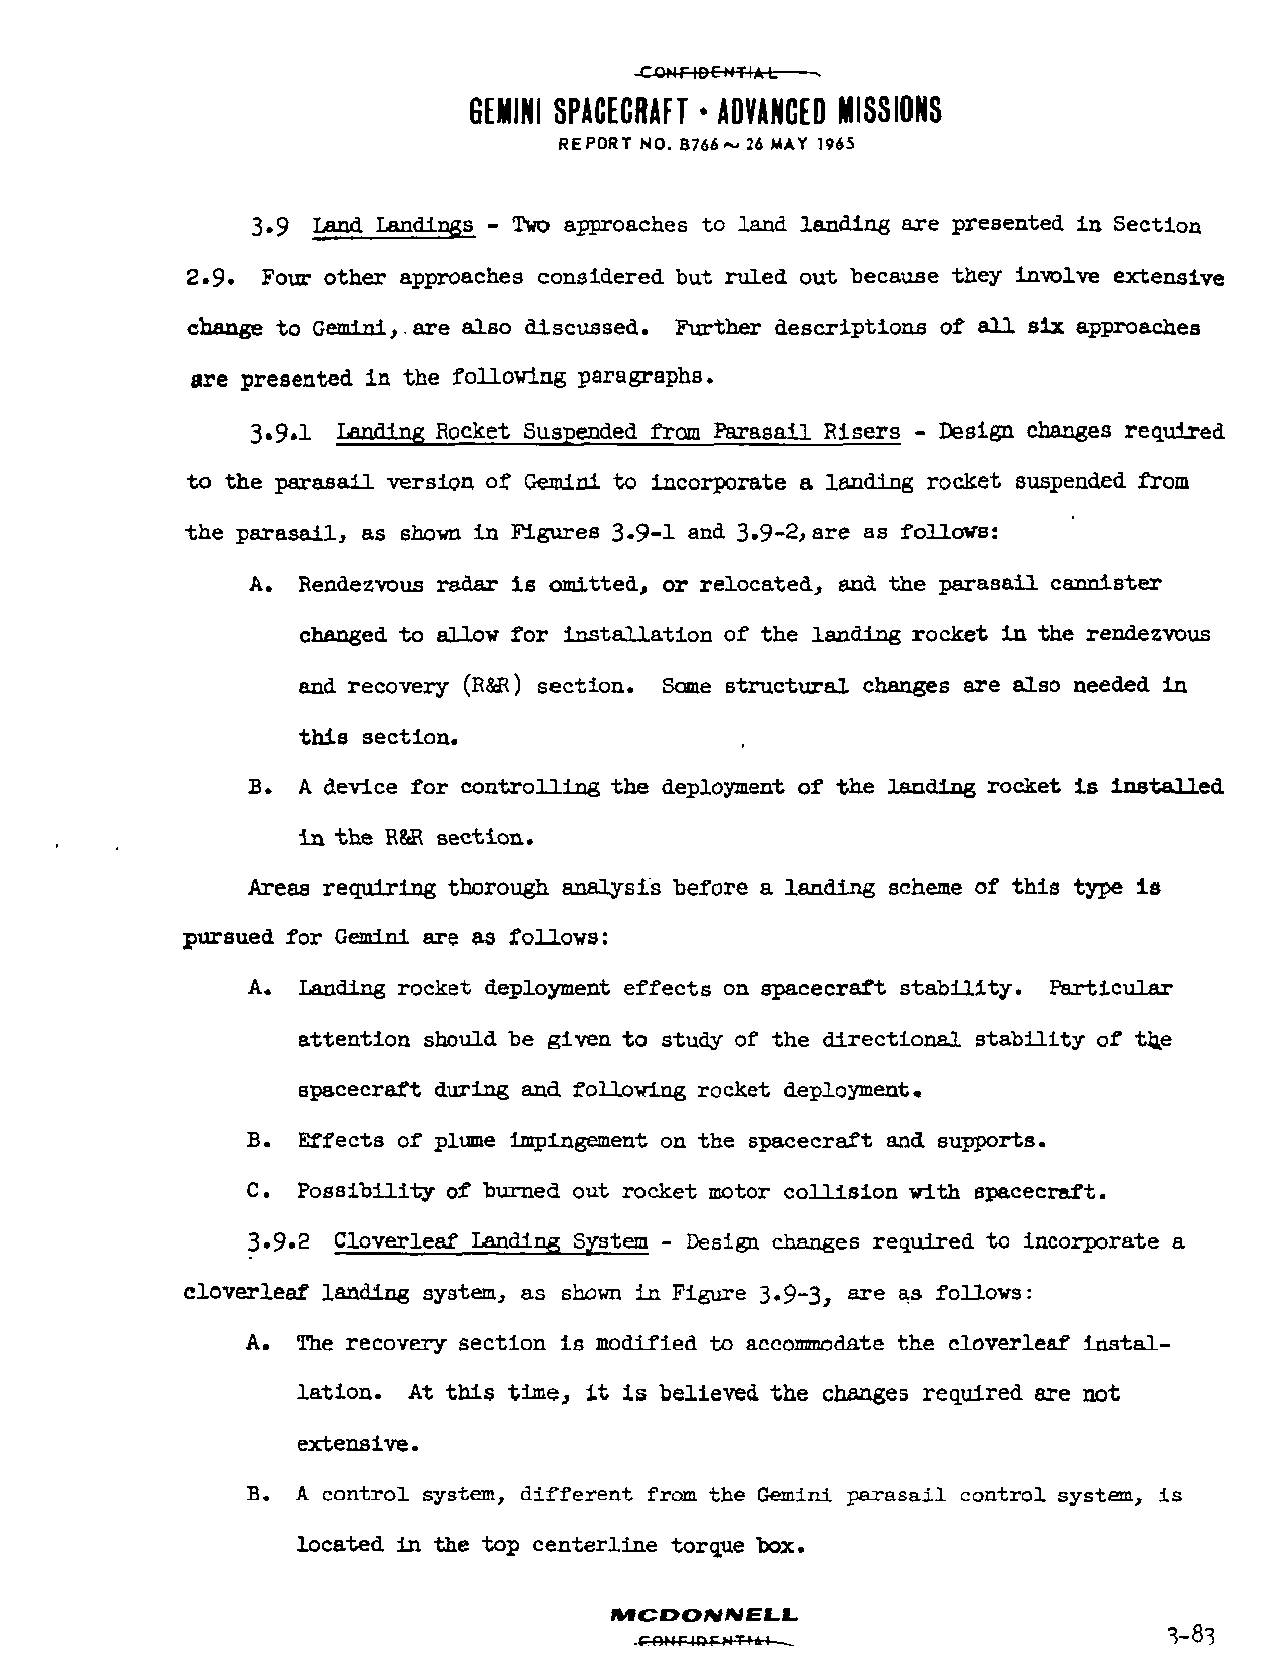
-COHriPEMTIAL. s
 GEMINI SPACECRAFT * ADVANCED MISSIONS
 REPORT NO. B766~ 26 MAY 1965
 3.9 Land Landings - Two approaches to land landing are presented in Section
 2.9. Four other approaches considered but ruled out because they involve extensive
 change to Gemini,. are also discussed. Further descriptions of all six approaches
 are presented in the following paragraphs.
 3.9.1 landing Rocket Suspended from Parasail Risers - Design changes required
 to the parasail version of Gemini to incorporate a landing rocket suspended from
 the parasail, as shown in Figures 3*9-1 and 3.9-2,are as follows:
 A.  Rendezvous radar is omitted, or relocated, and the parasail cannister
 changed to allow for installation of the landing rocket in the rendezvous
 and recovery (RSR) section. Some structural changes are also needed in
 this section.
 B.  A device for controlling the deployment of the landing rocket is installed
 in the R&R section.
 Areas requiring thorough analysis before a landing scheme of this type is
 pursued for Gemini are as follows:
 A.  Tending rocket deployment effects on spacecraft stability. Particular
 attention should be given to study of the directional stability of the
 spacecraft during and following rocket deployment.
 B.  Effects of plume impingement on the spacecraft and supports.
 C.  Possibility of burned out rocket motor collision with spacecraft.
 3.9.2 Cloverleaf Landing System - Design changes required to incorporate a
 cloverleaf landing system, as shown in Figure 3.9-3, axe as follows:
 A.  The recovery section is modified to accommodate the cloverleaf instal
 lation. At this time, it is believed the changes required are not
 extensive.
 B. A control system, different from the Gemini parasail control system, is
 located in the top centerline torque box.
 MCDONNELL.